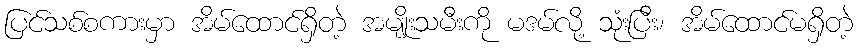
ပြင်သစ်စကားမှာ အိမ်ထောင်ရှိတဲ့ အမျိုးသမီးကို မဒမ်လို့ သုံးပြီး၊ အိမ်ထောင်မရှိတဲ့